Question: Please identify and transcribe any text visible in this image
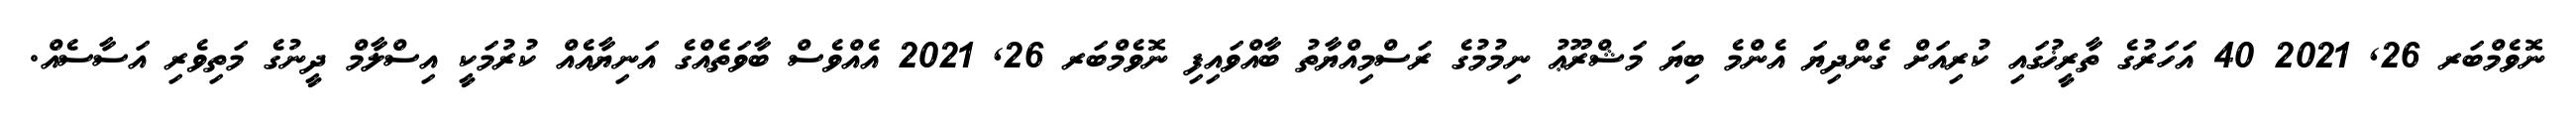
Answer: ނޮވެމްބަރ 26, 2021 40 އަހަރުގެ ތާރީޚުގައި ކުރިއަށް ގެންދިޔަ އެންމެ ބިޔަ މަޝްރޫޢު ނިމުމުގެ ރަސްމިއްޔާތު ބާއްވައިފި ނޮވެމްބަރ 26, 2021 އެއްވެސް ބާވަތެއްގެ އަނިޔާއެއް ކުރުމަކީ އިސްލާމް ދީނުގެ މަތިވެރި އަސާސެއް.